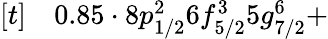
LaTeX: \begin{array}{rl}{[t]}&{{}0.85\cdot 8p_{1/2}^{2}6f_{5/2}^{3}5g_{7/2}^{6}+}\end{array}